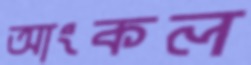
আংকল